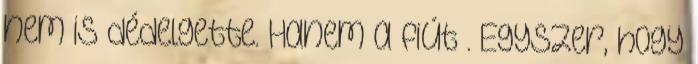
nem is dédelgette. Hanem a fiút . Egyszer, hogy